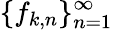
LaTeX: \{ f_{k,n}\} _{n=1}^{\infty}